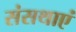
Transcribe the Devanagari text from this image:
संसथाएं